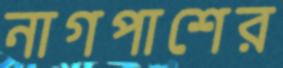
নাগপাশের